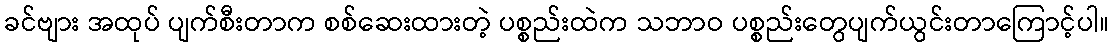
ခင်ဗျား အထုပ် ပျက်စီးတာက စစ်ဆေးထားတဲ့ ပစ္စည်းထဲက သဘာဝ ပစ္စည်းတွေပျက်ယွင်းတာကြောင့်ပါ။